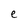
Character: e